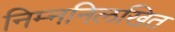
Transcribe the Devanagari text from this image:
निम्ननिलखित